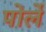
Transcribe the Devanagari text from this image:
पोर्ले